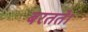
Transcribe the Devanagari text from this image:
बरतते।